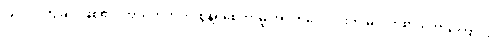
ပြုလုပ်ကြခြင်းဖြစ်၏။ အသက်ကိုပင် စွန့်ရစေကာမူ အဂတိလေးပါးကို မလိုက်စားတော့ကြောင်း၊